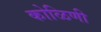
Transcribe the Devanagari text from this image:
कोळिणी